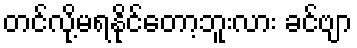
တင်လို့မရနိုင်တော့ဘူးလား ခင်ဗျာ